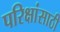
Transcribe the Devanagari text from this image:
परिक्षांसाठी